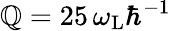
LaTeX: \mathbb{Q}=25\, \omega_{\mathrm{{L}}}\hbar^{-1}